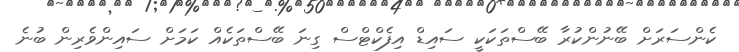
ކެންސަރަށް ބޭނުންކުރާ ބޭސްތަކަކީ ސައިޑް އިފެކްޓްސް ގިނަ ބޭސްތަކެއް ކަމަށް ސައިންވެރިން ބުނެ